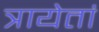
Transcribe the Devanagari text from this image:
त्रायेतां